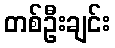
တစ်ဦးချင်း